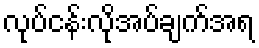
လုပ်ငန်းလိုအပ်ချက်အရ